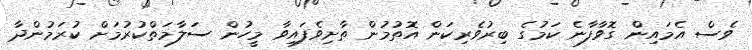
ވެސް އެމައިން ގޮވާފާނެ ކަމުގެ ބިރުވެރިކަން އޮތުމުން ތާށިވެފައިވާ މީހުން ސަލާމަތްކުރުމަށް ކުރަމުންދާ